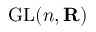
\operatorname { G L } ( n , \mathbf { R } )